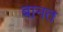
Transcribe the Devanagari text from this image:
बानत